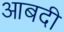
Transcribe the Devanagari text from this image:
आबदी